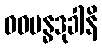
ဝဓဗန္ဓဒုခါနိ